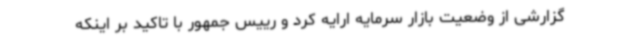
گزارشی از وضعیت بازار سرمایه ارایه کرد و رییس جمهور با تاکید بر اینکه